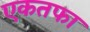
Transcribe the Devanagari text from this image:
एकतफा